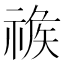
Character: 𥚦